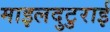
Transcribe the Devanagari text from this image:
माइलदुटुराई